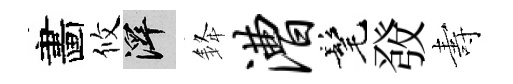
畵攸澤𨦟漕髦𤼲夀